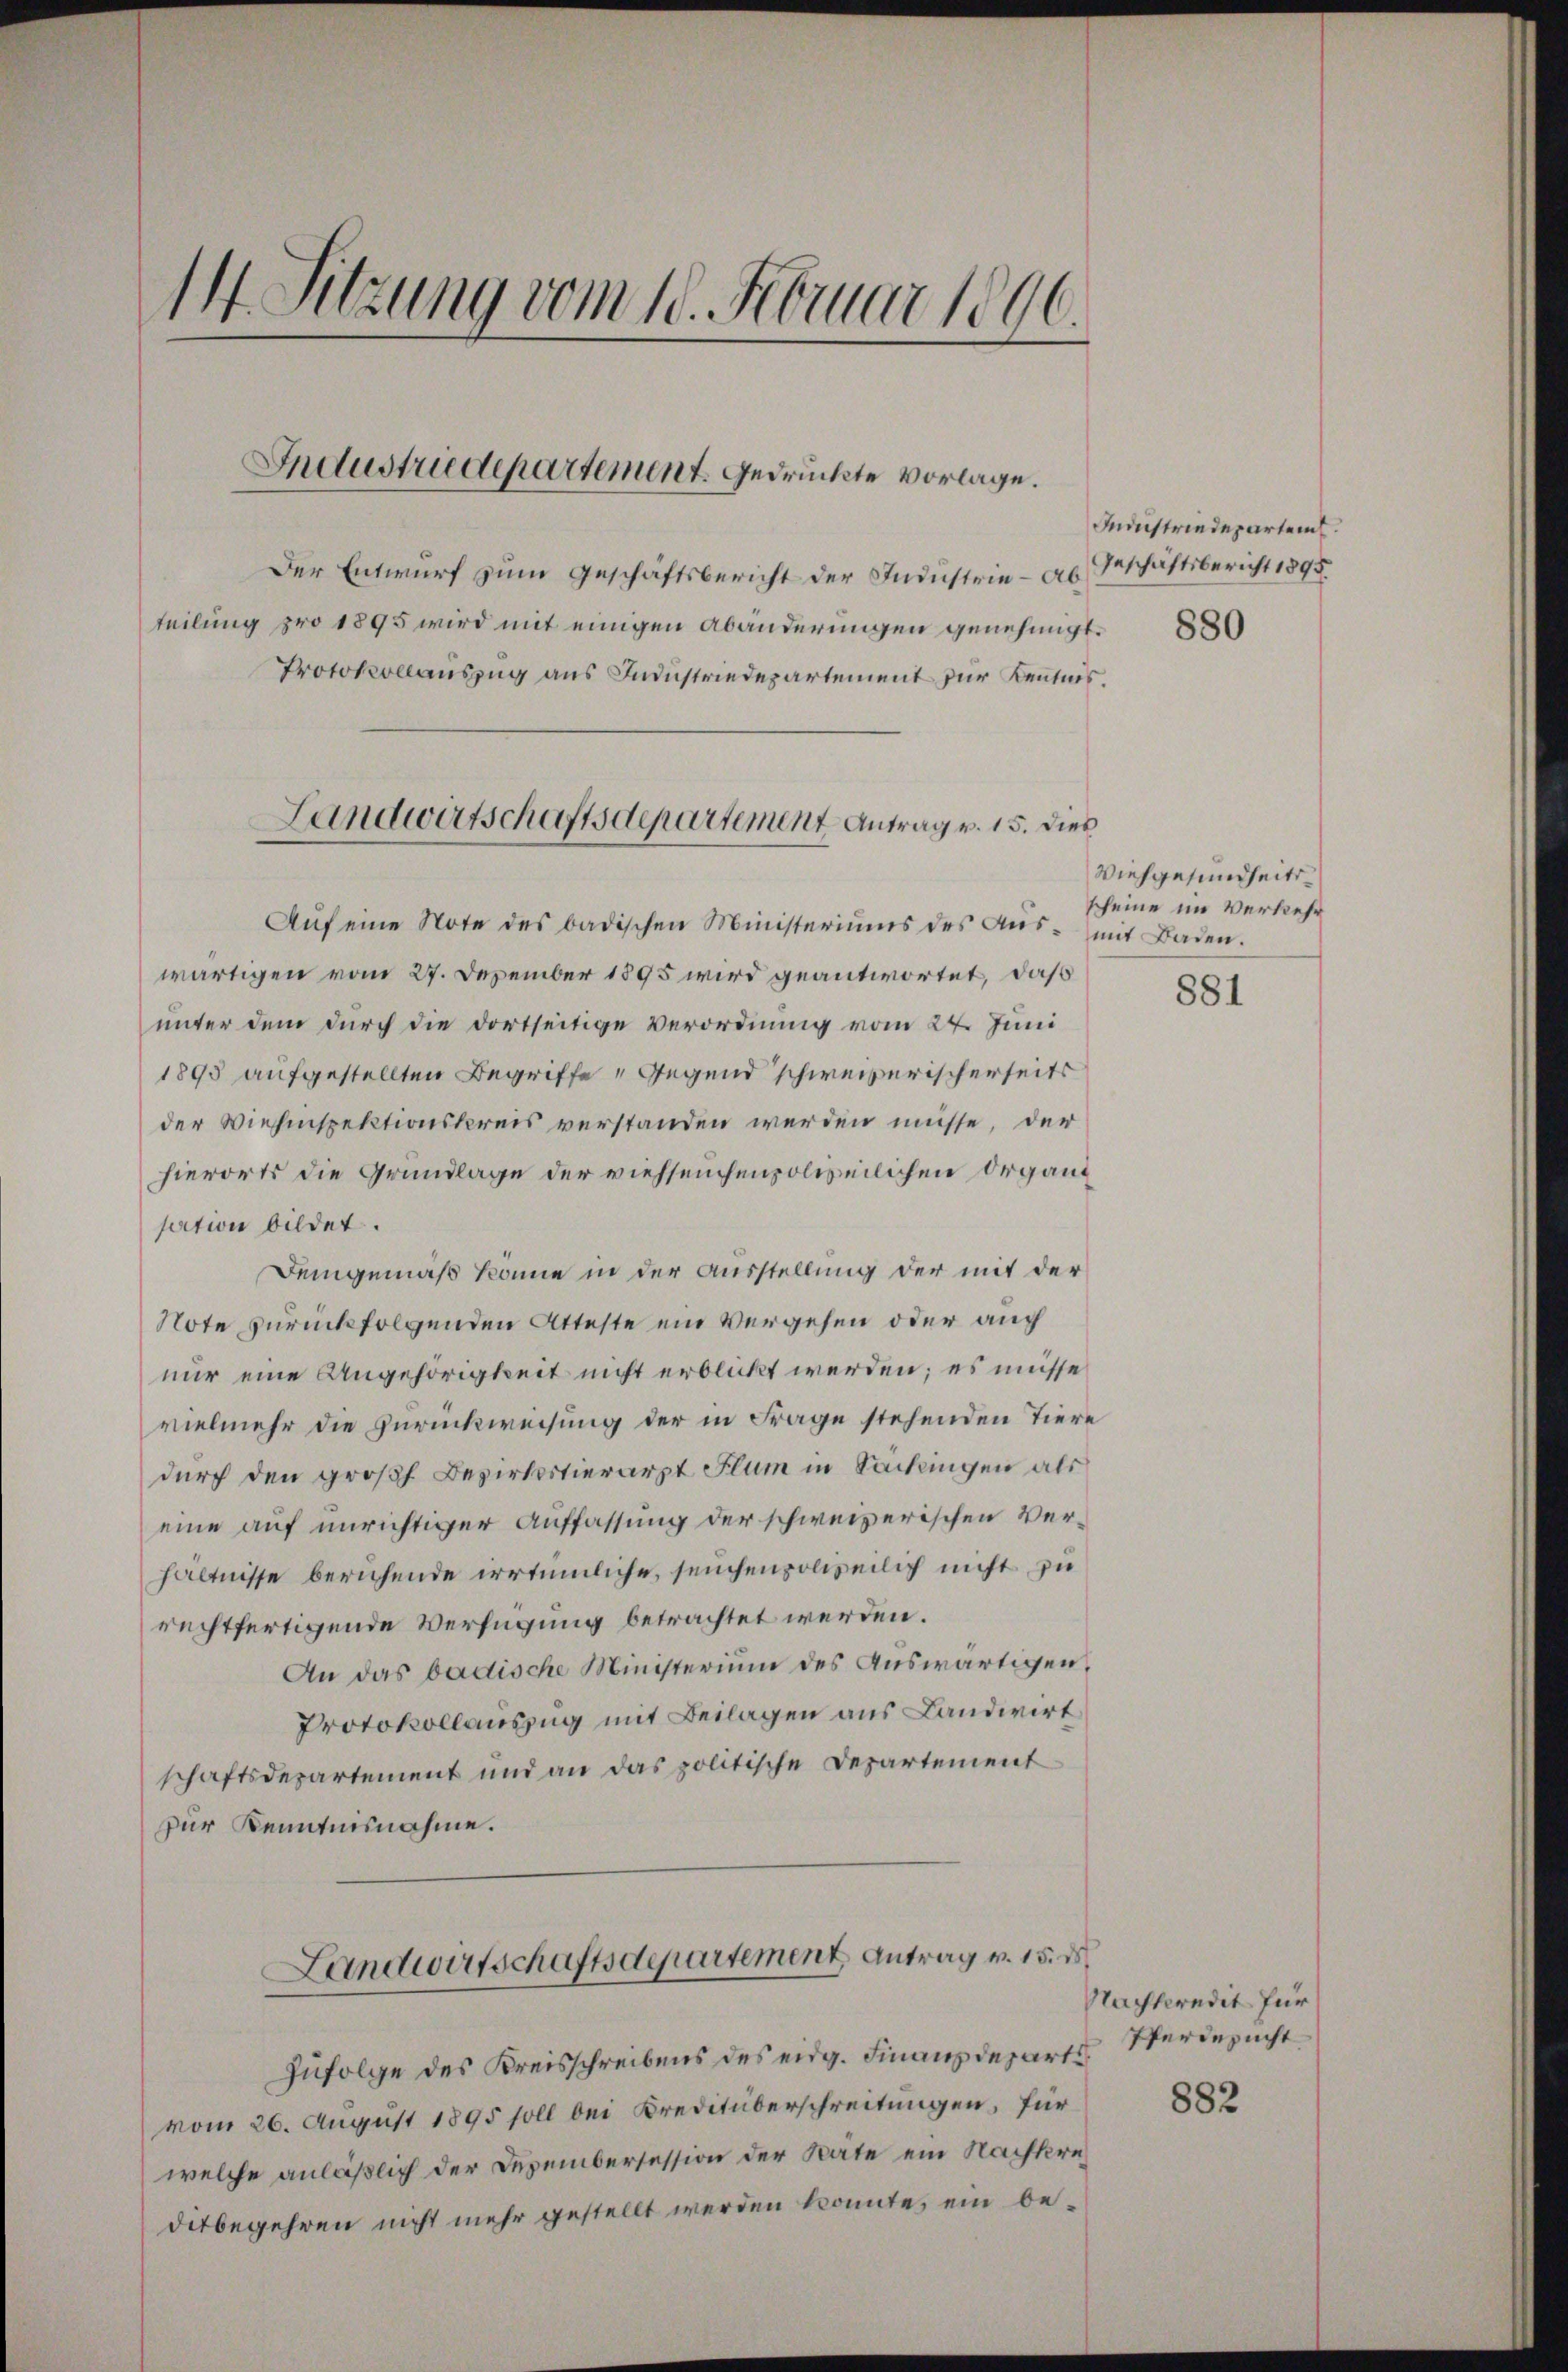
14 Sitzung vom 10. Februar 1896.

teilung pro 1895 wird mit einigen Abänderungen genehmigt.

Industriedepartement. Gedrückte vorlage.

Landwirtschaftsdepartement Antrag v. 15. dies

Der Entwurf zum Geschäftsbericht der Industrie - als Geschäftsbericht 1895
Protokollauszug aus Industriedepartement für Kenntnis.
Aŭf eine Note des badischen Ministeriums des Aŭs- mit Baden.
wärtigen vom 27. Dezember 1895 wird geantwortet, daß
unter dem durch die dortseitige Verordnung vom 24. Juni
1895 aufgestellten Begriffe „Gegend schweizerischerseits
der Wiesinspektionskreis verstanden werden müsse, der
hierorts die Grundlage der viehseuchenpolizeilichen Organisation bildet.
Demgemäß könne in der Ausstellung der mit der
Note zurückfolgenden Atteste ein Vergehen oder auch
nur eine Angehörigkeit nicht erblickt werden; es müsse
vielmehr die Zurückweisung der in Frage stehenden Tiere
durch den großh. Bezirkstierarzt Flum in Sackungen als
eine auf unrichtiger Auffassung der schweizerischen Verhältnisse beruhende irrtümliche, seuchenpolizeilich nicht zu
rechtfertigende Verfügung betrachtet werden.
An das badische Ministerium des Auswärtigen,
Protokollauszug mit Beilagen aus Landwirt
schaftsdepartement und an das politische Departement
zur Kenntnisnahme.
Landwirtschaftsdepartement Antrag v. 15. d.
Zufolge des Kreisschreibens des eidg. Finanzdeparte Verbesucht
vom 26. August 1895 soll bei Kreditüberschreitungen, für
welche anläßlich der Dezembersession der Rate ein Nachkreditbegehren nicht mehr gestellt werden konnte, ein be¬

Industriedepartem

880

Viehgesundheitsscheine im Verkehr

881

Nachteredit für

882